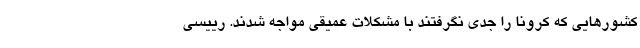
کشورهایی که کرونا را جدی نگرفتند با مشکلات عمیقی مواجه شدند. رییسی